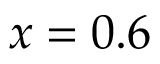
x = 0 . 6